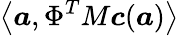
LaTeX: \left<\boldsymbol{a},\Phi^{T}M\boldsymbol{c}(\boldsymbol{a})\right>